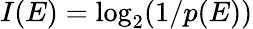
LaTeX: I(E)=\log_{2}(1/p(E))